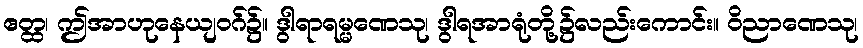
ဧတ္ထ၊ ဤအာဟုနေယျဝဂ်၌။ ဒွါရာရမ္မဏေသု၊ ဒွါရအာရုံတို့၌လည်းကောင်း။ ဝိညာဏေသု၊